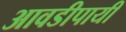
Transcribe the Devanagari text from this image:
आवडीपायी